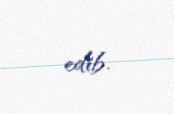
edib.